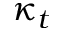
\kappa _ { t }